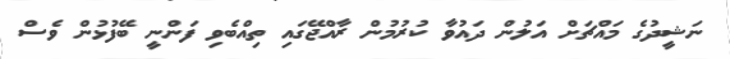
ނަޝީދުގެ މައްޗަށް އަލުން ދައުވާ ކުރުމުން ރާއްޖޭގައި ތިއްބެވި ފަންނީ ބޭފުޅުން ވެސް